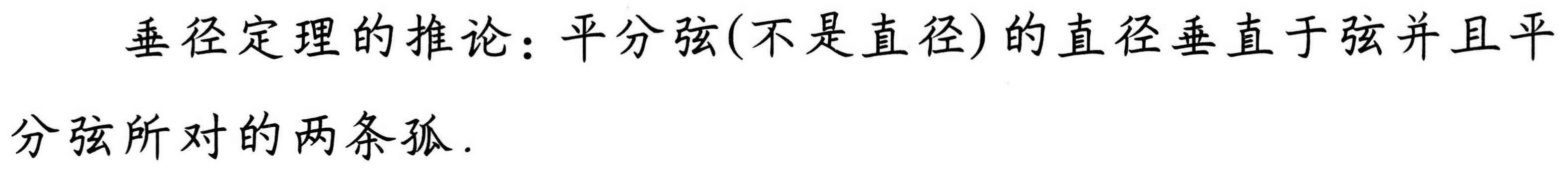
垂径定理的推论：平分弦(不是直径)的直径垂直于弦并且平
分弦所对的两条弧.